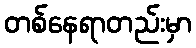
တစ်နေရာတည်းမှာ